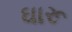
ઘારૂ